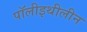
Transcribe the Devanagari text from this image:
पॉलीइथीलीन